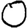
Digit: 0